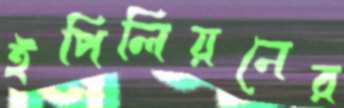
ইপিলিয়নের